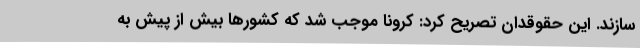
سازند. این حقوقدان تصریح کرد: کرونا موجب شد که کشورها بیش از پیش به